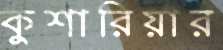
কুশারিয়ার